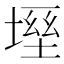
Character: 𡏀